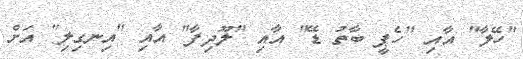
"ހޭލާ" އާއި "ހެޕީ ބާތު ޑޭ" އާއި "ލޫދިފާ" އާއި "އިނގިލި" އަށް